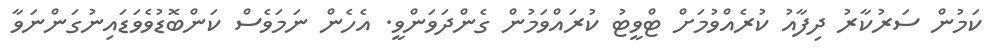
ކަމުން ސަރުކާރު ދިފާއު ކުރެއްވުމަށް ޓްވީޓު ކުރައްވަމުން ގެންދަވަންވީ. އެހެން ނަމަވެސް ކަންބޮޑުވެވަޑައިނުގަންނަވާ